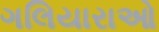
ગલિયારાઓ